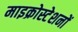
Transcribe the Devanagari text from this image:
माइक्रोस्टेशनों